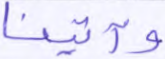
وآتينا